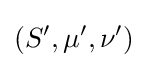
\left(S^{\prime },\mu ^{\prime },\nu ^{\prime }\right)